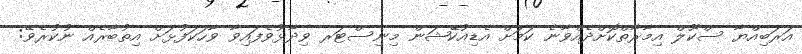
އަރަބިއްޔާ ސްކޫލް އިމާރާތްކޮށްދެއްވާނެ ކަމަށް އެޑިއުކޭޝަން މިނިސްޓަރ ވިދާޅުވެފައިވާ ވާހަކަފުޅަށް އިތުބާރެއް ނުކުރެވޭ: